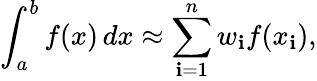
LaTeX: \int_{a}^{b}f(x)\, dx\approx\sum_{\mathbf{i}=1}^{n}w_{\mathbf{i}}f(x_{\mathbf{i}}),